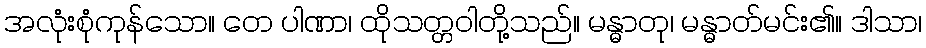
အလုံးစုံကုန်သော။ တေ ပါဏာ၊ ထိုသတ္တဝါတို့သည်။ မန္ဓာတု၊ မန္ဓာတ်မင်း၏။ ဒါသာ၊